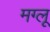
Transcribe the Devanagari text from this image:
मग्लू